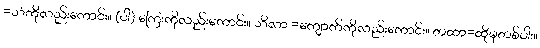
=သံကိုလည်းကောင်း။ (ဝါ) ကြေးကိုလည်းကောင်း။ သိလာ =ကျောက်ကိုလည်းကောင်း။ တထာ=ထိုမှတစ်ပါး။